Medical and sanitary report of the native army of Bengal for the year
Year: 1876
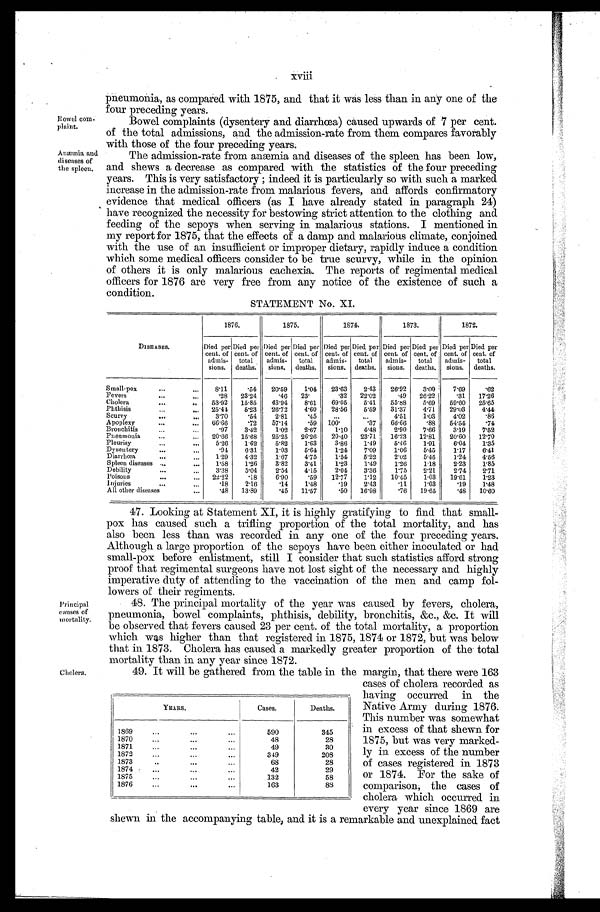
xviii
Bowel com-
plaint.
Anæmnia and
diseases of
the spleen.
pneumonia, as compared with 1875, and that it was less than in any one of the
four preceding years.
Bowel complaints (dysentery and diarrhœa) caused upwards of 7 per cent.
of the total admissions, and the admission-rate from them compares favorably
with those of the four preceding years.
The admi ssi on-rat e from anæmi a and di seases of t he spl een has been l ow,
and shews a decrease as compared with the statistics of the four preceding
years. This is very satisfactory; indeed it is particularly so with such a marked
increase in the admission-rate from malarious fevers, and affords confirmatory
evidence that medical officers (as I have already stated in paragraph 24)
have recognized the necessity for bestowing strict attention to the clothing and
feeding of the sepoys when serving in malarious stations. I mentioned in
my report for 1875, that the effects of a damp and malarious climate, conjoined
with the use of an insufficient or improper dietary, rapidly induce a condition
which some medical officers consider to be true scurvy, while in the opinion
of others it is only malarious cachexia. The reports of regimental medical
officers for 1876 are very free from any notice of the existence of such a
condition.
Principal
causes of
mortality.
Cholera,
STATEMENT No. XI.
DISEASES.
1876.
1875.
1874.
1873.
1872.
Died per
cent. of
admis
-sions.
Di ed per
cent. of
tota
l deat hs.
Died per
cent. of
admis-
sions.
Died per
cent. of
total
deaths.
Died per
cent. of
admis-
sions.
Died per
cent. of
total
deaths.
Died per
cent. of
admis-
sions.
Died per
cent. of
total
deaths.
Died per
cent. of
admis-
sions.
Died per
cent. of
total
deaths.
Small-pox
8.11 .54 20.59 1.04 23.63 2.43 26.92 3.09 7.69 .62
Fevers
.28 28.24 .46 2 3 .
.32 22.02 .49 26.22 .31 17. 26
Cholera
53.92 15.85 43.94 8.61 69.05 5.41 55.88 5.69 59.60 25. 65
Phthisis
25.44 5.23 26.72 4.60 28.56 5.59 31.37 4.71 29.03 4. 44
Scurvy
3.70 .54 2.81 .45
4.51 1.03 4.02 .86
Apoplexy
66.66 .72 57.14 .59 1 0 0 .
.37 66.66 .88 54.54 .74
Bronchitis
.97 3.42 1.02 2.67 1.10 4.48 2.90 7.66 3.19 7. 52
Pneumonia
20.66 15.68 25.25 26.26 20.40 23.71 16.23 12.81 20.60 12.70
Pleurisy
5.26 1.62 5.82 1.63 3.86 1.49 5.46 1.91 6.04 1. 35
Dysentery
.94 6.31 1.03 5.64 1.24 7.09 1.06 5.45 1.17 6.41
Diarrhœa
1.29 4.32 1.67 4.75 1.54 5.22 2.02 5.45 1.24 4.56
Spleen diseases
1.58 1.26 3.82 3.41 1.23 1.49 1.26 1.18 2.23 1.85
Debility
3.38 5.04 2.54 4.15 2.04 3.36 1.75 2.21 2.74 2.71
Poisous
2 2 . 2 2 .18 6.90 .59 12.77 1.12 10.45 1.03 19.61 1.23
Injuries
.18 2.16
.14 1.48
.19 2.43 .11 1.03
.19 1. 48
All other diseases
.48 13.89 .45 11.57 .50 16.98 .76 19.65
.48 10. 60
47. Looking at Statement XI, it is highly gratifying to find that small-
pox has caused such a trifling proportion of the total mortality, and has
also been less than was recorded in any one of the four preceding years.
Although a large proportion of the sepoys have been either inoculated or had
small-pox before enlistment, still I consider that such statistics afford strong
proof that regimental surgeons have not lost sight of the necessary and highly
imperative duty of attending to the vaccination of the men and camp fol-
lowers of their regiments.
48. The principal mortality of the year was caused by fevers, cholera,
pneumonia, bowel complaints, phthisis, debility, bronchitis, &c., &c. It will
be observed that fevers caused 23 per cent. of the total mortality, a proportion
which was higher than that registered in 1875, 1874 or 1872, but was below
that in 1873. Cholera has caused a markedly greater proportion of the total
mortality than in any year since 1872.
49. It will be gathered from the table in the margin, that there were 163
cases of cholera recorded as
having occurred in the
Native Army during 1876.
This number was somewhat
in excess of that shewn for
1875, but was very marked-
ly in excess of the number
of cases registered in 1873
or 1874. For the sake of
comparison, the cases of
cholera which occurred in
every year since 1869 are
shewn in the accompanying table, and it is a remarkable and unexplained fact
YEARS.
Cases.
Deaths.
1869
590
345
1 8 7 0
48
28
1871
49
30
1872
349
208
1 8 7 3
68
28
1874
42
29
1875
132
58
1 8 7 6
163
8 8